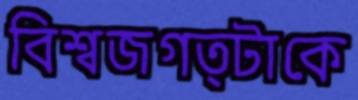
বিশ্বজগত্টাকে